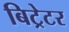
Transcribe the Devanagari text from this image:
बिट्रेटर